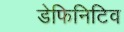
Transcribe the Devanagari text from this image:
डेफिनिटिव